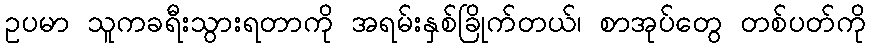
ဥပမာ သူကခရီးသွားရတာကို အရမ်းနှစ်ခြိုက်တယ်၊ စာအုပ်တွေ တစ်ပတ်ကို